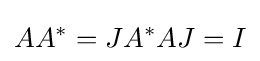
AA^{*}=JA^{*}AJ=I